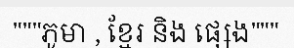
"""ភូមា , ខ្មែរ និង ផ្សេង"""